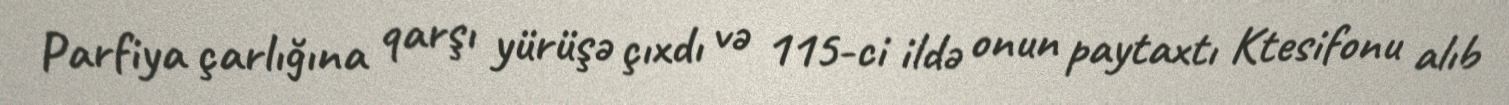
Parfiya çarlığına qarşı yürüşə çıxdı və 115-ci ildə onun paytaxtı Ktesifonu alıb